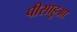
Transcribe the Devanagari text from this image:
पीसाहुआ